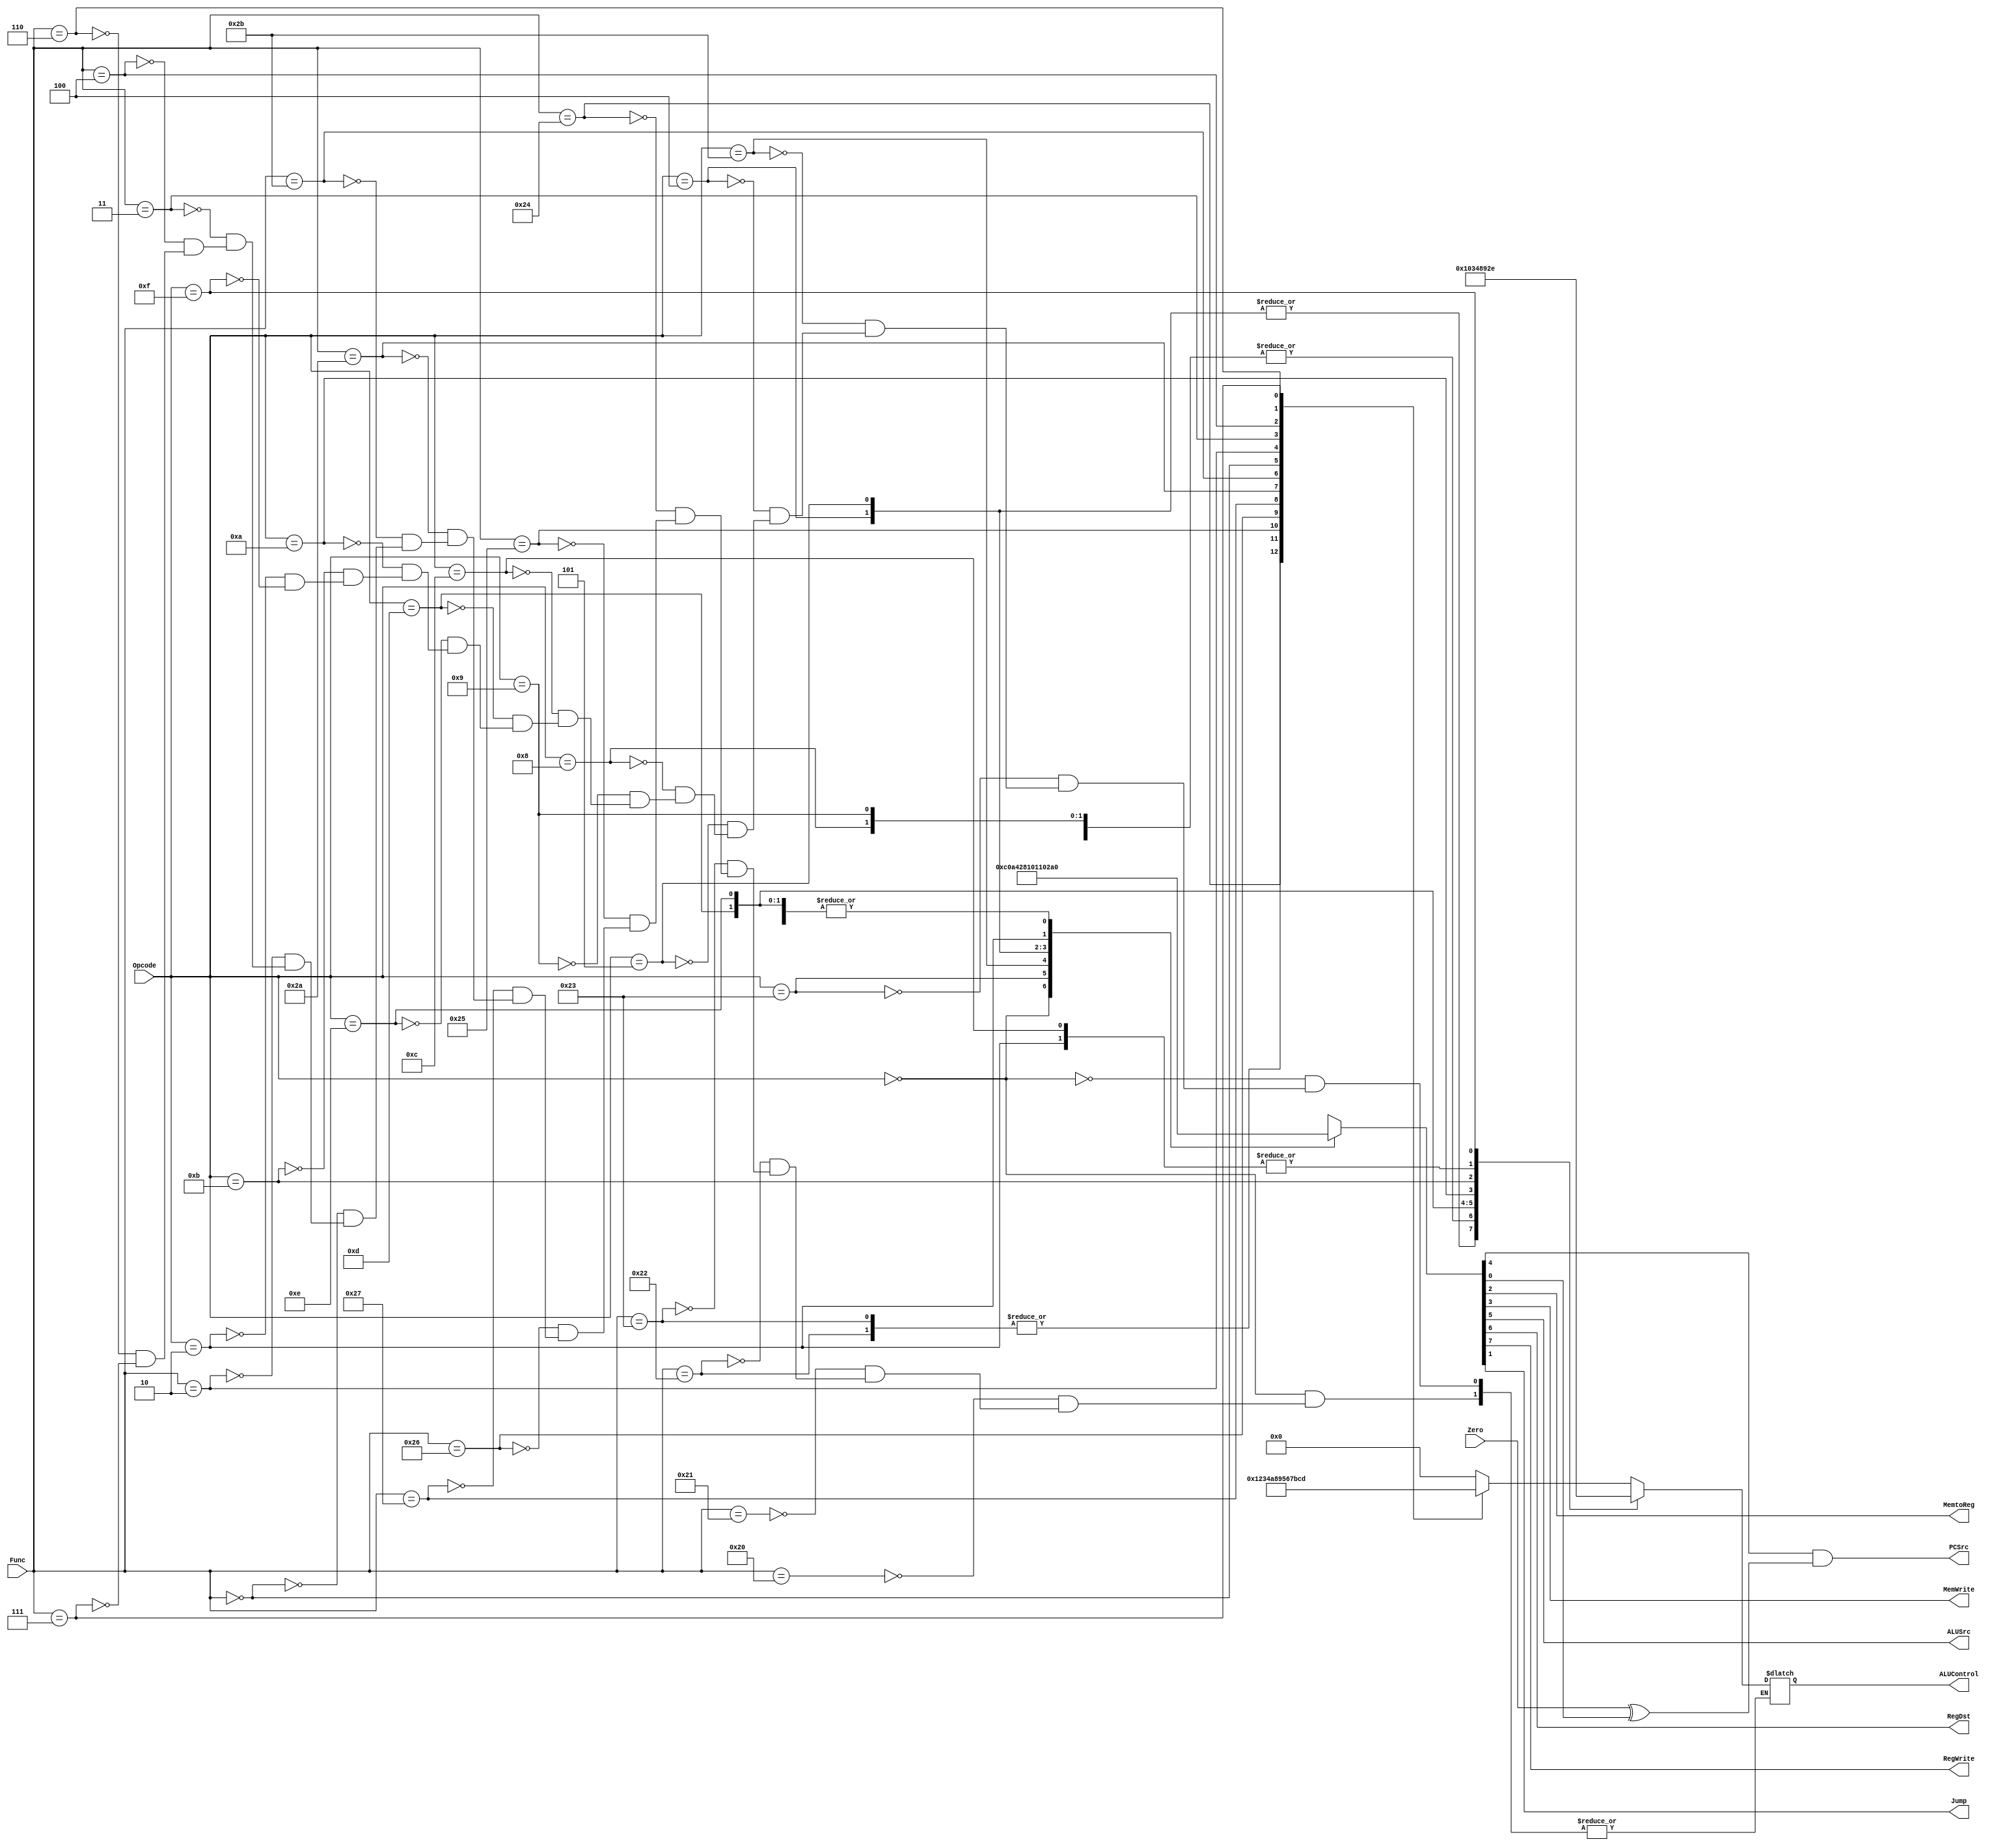
// Code your design here

`timescale 1ns/1ns

module Controlunit(input [5:0] Opcode, 
               input [5:0] Func,
               input Zero,
               output reg MemtoReg,
               output reg  MemWrite,
               output reg  ALUSrc,
               output reg  RegDst,
               output reg  RegWrite,
               output reg  Jump,
               output PCSrc,
               output reg  [3:0] ALUControl
               );
               
reg [7:0] temp;
reg Branch,B;

always @(*) begin 

    case (Opcode) 
        6'b000000: begin                          // R-type
                    temp <= 8'b11000000;        

                    case (Func)
                    6'b100000: ALUControl <= 4'b0000;    // ADD
                    6'b100001: ALUControl <= 4'b0000;    // ADDU
                    6'b100010: ALUControl <= 4'b0001;    // SUB
                    6'b100011: ALUControl <= 4'b0001;    // SUBU
                    6'b100100: ALUControl <= 4'b0010;    // AND
                    6'b100101: ALUControl <= 4'b0011;    // OR
                    6'b100110: ALUControl <= 4'b0100;    // XOR
                    6'b100111: ALUControl <= 4'b1010;    // NOR
                    6'b101010: ALUControl <= 4'b1000;    // SLT
                    6'b101011: ALUControl <= 4'b1001;    // SLTU
                    6'b000000: ALUControl <= 4'b0101;    // SLL
                    6'b000010: ALUControl <= 4'b0110;    // SRL
                    6'b000011: ALUControl <= 4'b0111;    // SRA
                    6'b000100: ALUControl <= 4'b1011;    // SLLV
                    6'b000110: ALUControl <= 4'b1100;    // SRLV
                    6'b000111: ALUControl <= 4'b1101;    // SRAV
                endcase

            end

        6'b100011: begin                          // LW
                        temp <= 8'b10100100;     
                        ALUControl <= 4'b0000;
                    end

        6'b101011: begin                          // SW
                         temp <= 8'b00101000;      
                         ALUControl <= 4'b0000;
                    end  

        6'b000100: begin                          // BEQ
                         temp <= 8'b00010000;      
                        ALUControl <= 4'b0001; 
                    end      

        6'b000101: begin                          // BNE
                        temp <= 8'b00010001;  
                        ALUControl <= 4'b0001; 
                    end

        6'b001000: begin                          // ADDI
                        temp <= 8'b10100000;  
                        ALUControl <= 4'b0000; 
                    end  

        6'b001001: begin                          // ADDIU
                        temp <= 8'b10100000;  
                        ALUControl <= 4'b0000; 
                    end  

        6'b001100: begin                          // ANDI
                        temp <= 8'b10100000;  
                        ALUControl <= 4'b0010; 
                    end 

        6'b001101: begin                          // ORI
                        temp <= 8'b10100000;  
                        ALUControl <= 4'b0011; 
                    end  

        6'b001110: begin                          // XORI
                        temp <= 8'b10100000;  
                        ALUControl <= 4'b0100; 
                    end       

        6'b001010: begin                          // SLTI
                        temp <= 8'b10100000;  
                        ALUControl <= 4'b1000; 
                    end 

        6'b001011: begin                          // SLTIU
                        temp <= 8'b10100000;  
                        ALUControl <= 4'b1001; 
                    end  

        6'b000010: begin                          // J
                        temp <= 8'b00000010;  
                        ALUControl <= 4'b0010; 
                    end 
                        
        6'b001111:  begin                         // LUI
                        temp <= 8'b10100000;  
                        ALUControl <= 4'b1110; 
                    end          
        default:   temp <= 12'bxxxxxxxxxxxx;      // NOP
    endcase
   

    
    {RegWrite,RegDst,ALUSrc,Branch,MemWrite,MemtoReg,Jump,B} = temp;

end 

assign PCSrc = Branch & (Zero ^ B);

endmodule